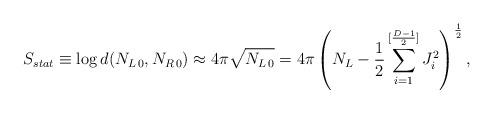
LaTeX: \begin{align*}S_{stat} \equiv \log d(N_{L\,0},N_{R\,0})\approx4\pi\sqrt{N_{L\,0}} = 4\pi\left(N_L - {1\over {2}}\sum_{i=1}^{[{{D-1}\over 2}]}J_i^2\right)^{1\over 2},\end{align*}